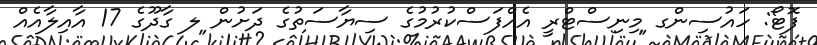
ފޮޓޯ: ހައުސިންގ މިނިސްޓްރީ އެއްފަސްކުރުމުގެ ސިޔާސަތުގެ ދަށުން ލ ގާދޫގެ 17 އާއިލާއެއް